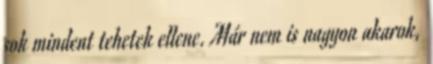
sok mindent tehetek ellene. Már nem is nagyon akarok,